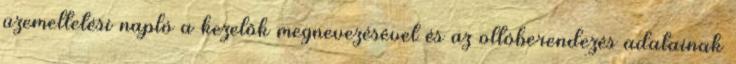
üzemeltetési napló a kezelõk megnevezésével és az oltóberendezés adatainak